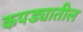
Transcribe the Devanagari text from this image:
कपड्यातील